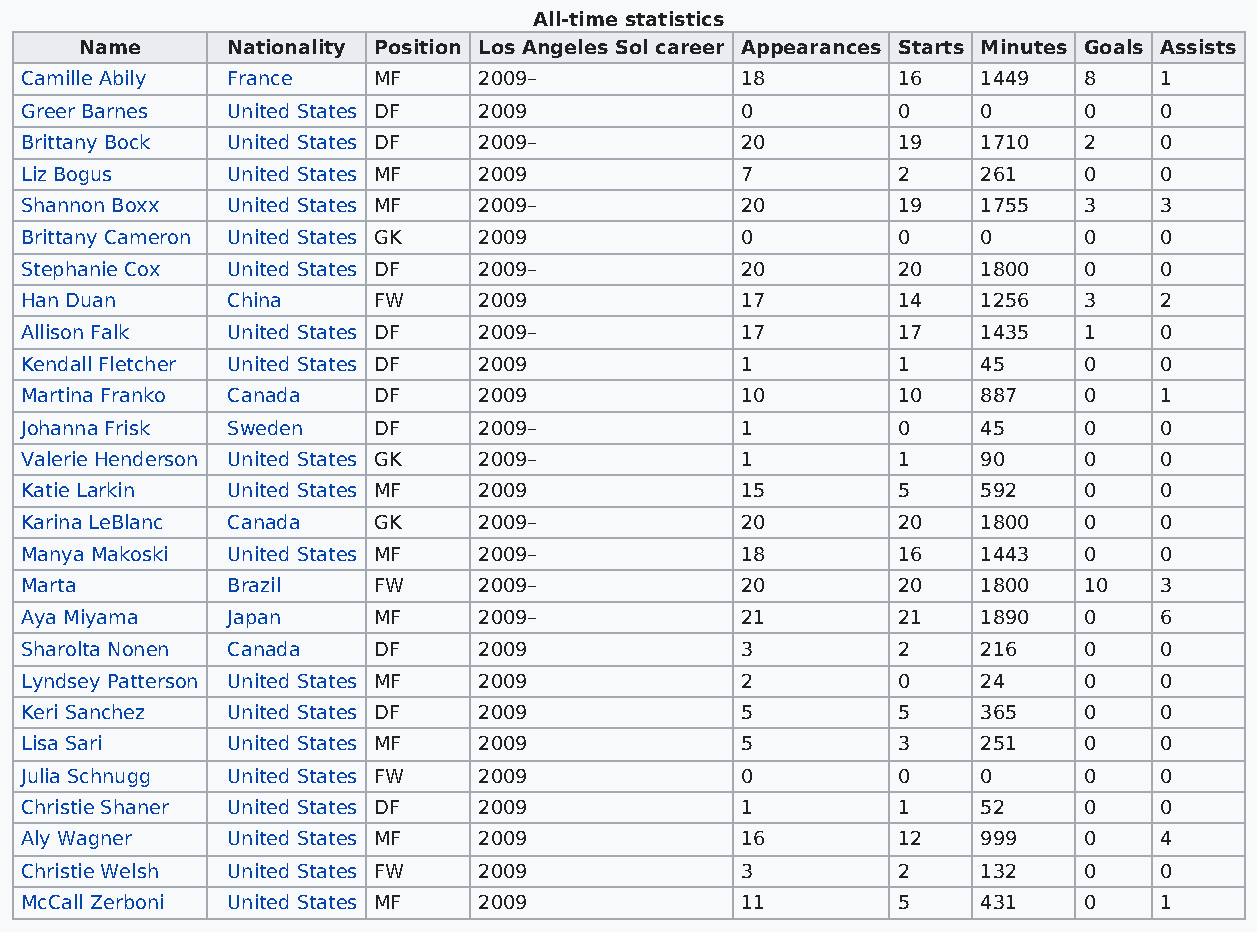
All-time statistics
 Name      Nationality Position Los Angeles Sol career Appearances Starts Minutes Goals Assists
 Camille Abily France    MF     2009–            18        16    1449   8    1
 Greer Barnes  United States DF 2009             0         0     0      0    0
 Brittany Bock United States DF 2009–            20        19    1710   2    0
 Liz Bogus     United States MF 2009             7         2     261    0    0
 Shannon Boxx  United States MF 2009–            20        19    1755   3    3
 Brittany Cameron United States GK 2009          0         0     0      0    0
 Stephanie Cox United States DF 2009–            20        20    1800   0    0
 Han Duan      China     FW     2009             17        14    1256   3    2
 Allison Falk  United States DF 2009–            17        17    1435   1    0
 Kendall Fletcher United States DF 2009          1         1     45     0    0
 Martina Franko Canada   DF     2009             10        10    887    0    1
 Johanna Frisk Sweden    DF     2009–            1         0     45     0    0
 Valerie Henderson United States GK 2009–        1         1     90     0    0
 Katie Larkin  United States MF 2009             15        5     592    0    0
 Karina LeBlanc Canada   GK     2009–            20        20    1800   0    0
 Manya Makoski United States MF 2009–            18        16    1443   0    0
 Marta         Brazil    FW     2009–            20        20    1800   10   3
 Aya Miyama    Japan     MF     2009–            21        21    1890   0    6
 Sharolta Nonen Canada   DF     2009             3         2     216    0    0
 Lyndsey Patterson United States MF 2009         2         0     24     0    0
 Keri Sanchez  United States DF 2009             5         5     365    0    0
 Lisa Sari     United States MF 2009             5         3     251    0    0
 Julia Schnugg United States FW 2009             0         0     0      0    0
 Christie Shaner United States DF 2009           1         1     52     0    0
 Aly Wagner    United States MF 2009             16        12    999    0    4
 Christie Welsh United States FW 2009            3         2     132    0    0
 McCall Zerboni United States MF 2009            11        5     431    0    1